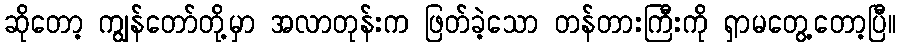
ဆိုတော့ ကျွန်တော်တို့မှာ အလာတုန်းက ဖြတ်ခဲ့သော တန်တားကြီးကို ရှာမတွေ့တော့ပြီ။